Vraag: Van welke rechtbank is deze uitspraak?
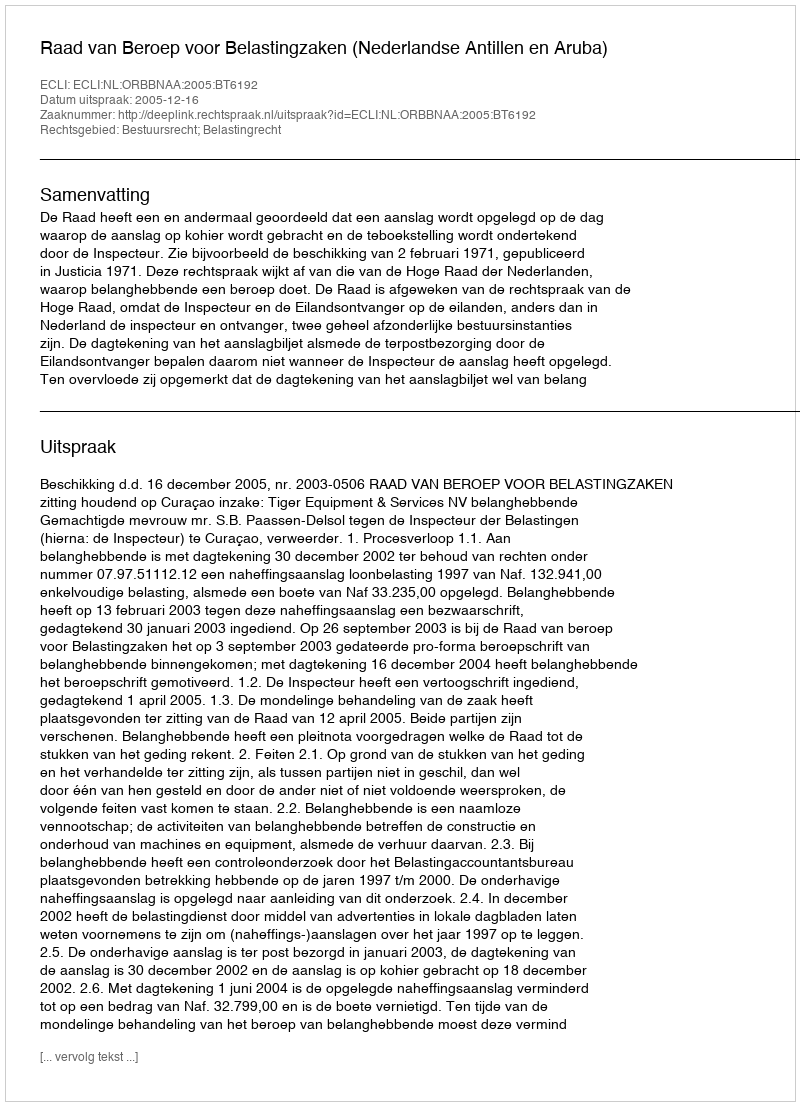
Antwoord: Raad van Beroep voor Belastingzaken (Nederlandse Antillen en Aruba)